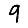
Digit: 9